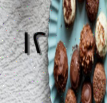
١٢